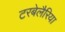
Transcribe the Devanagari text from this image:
टरबेलैरिया